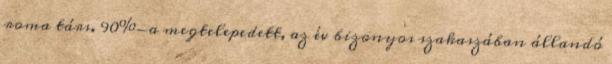
roma társ. 90%-a megtelepedett, az év bizonyos szakaszában állandó